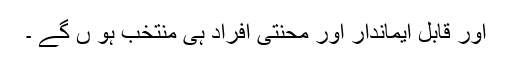
اور قابل ایماندار اور محنتی افراد ہی منتخب ہو ں گے ۔